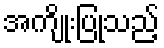
အကျိုးပြုသည့်